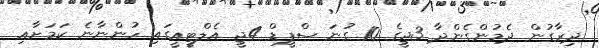
ދިރާގުން ދެމުންގެންދާ 3ޖީގެ 10 ގުނަ ސްޕީޑް 4ޖީ އެލްޓީއީގައި ހުންނާނެ ކަމަށާއި